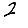
Digit: 2